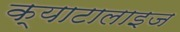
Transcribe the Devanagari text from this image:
क्याटालाइज